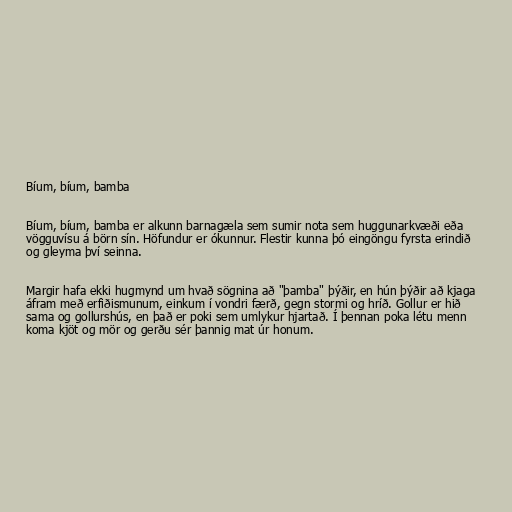
Bíum, bíum, bamba

Bíum, bíum, bamba er alkunn barnagæla sem sumir nota sem huggunarkvæði eða
vögguvísu á börn sín. Höfundur er ókunnur. Flestir kunna þó eingöngu fyrsta erindið
og gleyma því seinna.

Margir hafa ekki hugmynd um hvað sögnina að "þamba" þýðir, en hún þýðir að kjaga
áfram með erfiðismunum, einkum í vondri færð, gegn stormi og hríð. Gollur er hið
sama og gollurshús, en það er poki sem umlykur hjartað. Í þennan poka létu menn
koma kjöt og mör og gerðu sér þannig mat úr honum.